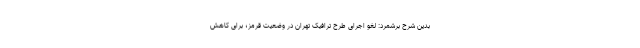
بدین شرح برشمرد: لغو اجرای طرح ترافیک تهران در وضعیت قرمز؛ برای کاهش